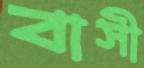
বাসী